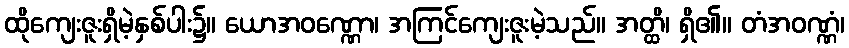
ထိုကျေးဇူးရှိမဲ့နှစ်ပါး၌။ ယောအဝဏ္ဏော၊ အကြင်ကျေးဇူးမဲ့သည်။ အတ္ထိ၊ ရှိ၏။ တံအဝဏ္ဏံ၊